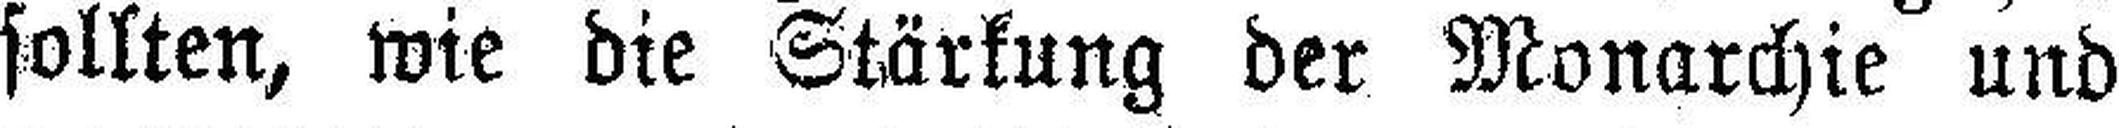
sollten, wie die Stärkung der Monarchie und